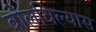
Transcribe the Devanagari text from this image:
बोलविल्यास